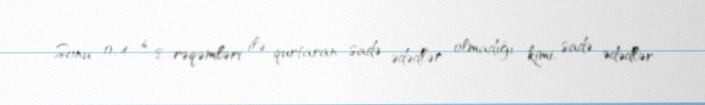
Sonu 0, 4, 6, 8 rəqəmləri ilə qurtaran sadə ədədlər olmadığı kimi, sadə ədədlər